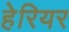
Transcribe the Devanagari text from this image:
हेरियर